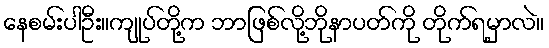
နေစမ်းပါဦး။ကျုပ်တို့က ဘာဖြစ်လို့ဘိုနာပတ်ကို တိုက်ရမှာလဲ။